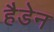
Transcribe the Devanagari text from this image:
हैडेन